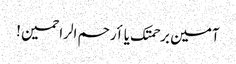
آمین برحمتک یا أرحم الراحمین !